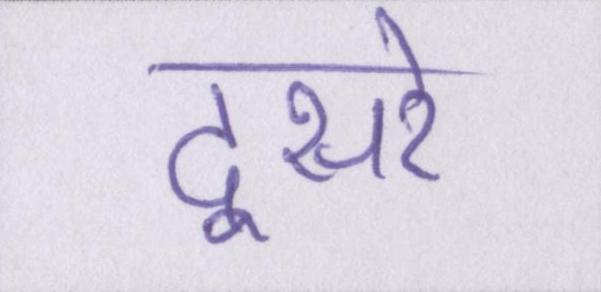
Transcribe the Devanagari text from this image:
दूसरे